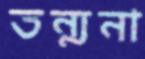
তন্মনা